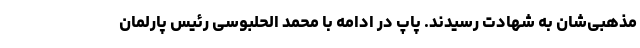
مذهبی‌‌شان به شهادت رسیدند. پاپ در ادامه با محمد الحلبوسی رئیس پارلمان